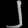
Digit: ၂